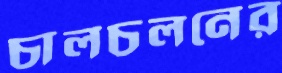
চালচলনের